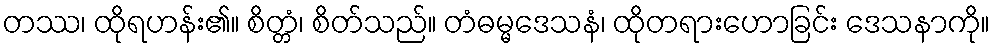
တဿ၊ ထိုရဟန်း၏။ စိတ္တံ၊ စိတ်သည်။ တံဓမ္မဒေသနံ၊ ထိုတရားဟောခြင်း ဒေသနာကို။